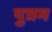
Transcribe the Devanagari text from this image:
पुत्रम